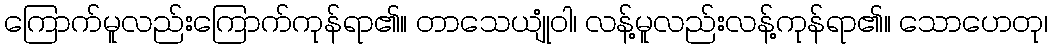
ကြောက်မူလည်းကြောက်ကုန်ရာ၏။ တာသေယျုံဝါ၊ လန့်မူလည်းလန့်ကုန်ရာ၏။ သောဟေတု၊